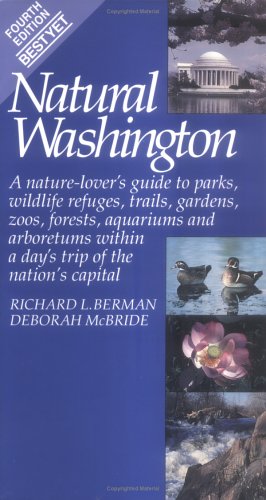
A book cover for Natural Washington: A Nature-Lover's Guide; Richard L. Berman; Travel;